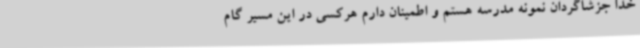
خدا جزشاگردان نمونه مدرسه هستم و اطمینان دارم هرکسی در این مسیر گام